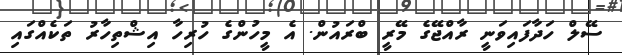
ސޭލް ހަދާފައިވަނީ ރާއްޖޭގެ މޭރީ ބްރައުން. އެ މީހުންގެ ހުރިހާ އިޝްތިހާރު ތަކެއްގައި